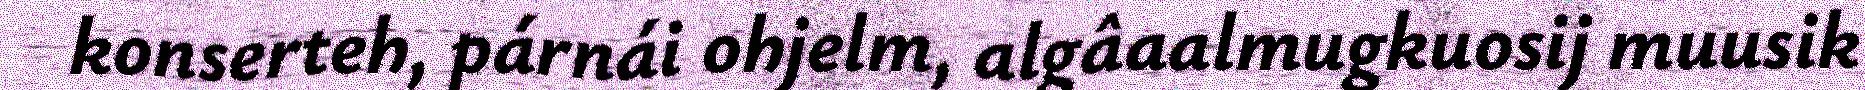
konserteh, párnái ohjelm, algâaalmugkuosij muusik